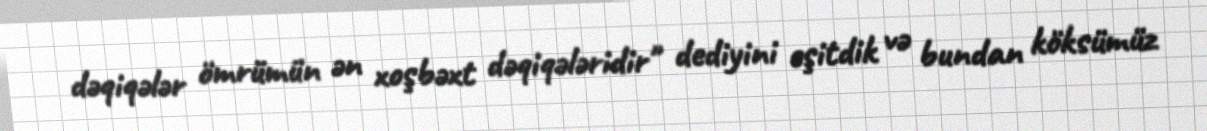
dəqiqələr ömrümün ən xoşbəxt dəqiqələridir" dediyini eşitdik və bundan köksümüz